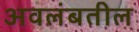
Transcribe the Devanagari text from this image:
अवलंबतील